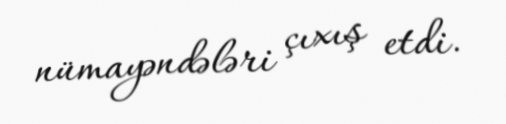
nümayəndələri çıxış etdi.